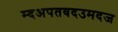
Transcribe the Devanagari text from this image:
म्दअपतवदउमदज